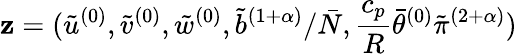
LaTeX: \mathbf{z}=(\tilde{u}^{(0)},\tilde{v}^{(0)},\tilde{w}^{(0)},\tilde{b}^{(1+\alpha)}/\bar{N},\frac{c_{p}}{R}\bar{\theta}^{(0)}\tilde{\pi}^{(2+\alpha)})